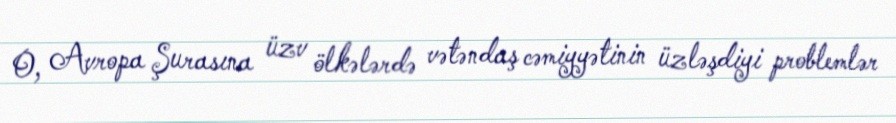
O, Avropa Şurasına üzv ölkələrdə vətəndaş cəmiyyətinin üzləşdiyi problemlər